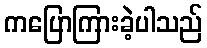
ကပြောကြားခဲ့ပါသည်